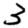
Digit: 3